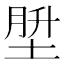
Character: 𪣪